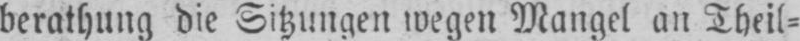
berathung die Sitzungen wegen Mangel an Theil⸗